Subject: eess
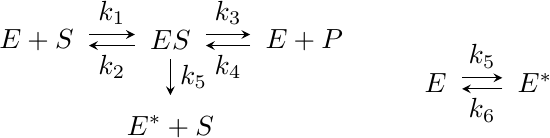
LaTeX code:
\begin{tikzpicture}[scale=1.0]
\node (Ep) at (+4.63,-0.55) {$E^*$};
\node (E) at (+3.37,-0.55) {$E$};
\node (EpS) at (-1.7,0)    {$E + S$};
\node (ES) at (0,0)    {$ES$};
\node (EpP) at (1.7,0) {$E + P$};
\node (EppS) at (0,-1.1) {$E^* + S$};

\draw[arrows={-stealth},transform canvas={yshift=2pt}, shorten <=0.2em, shorten >=0.2em] (EpS) to node[above] {$k_1$} (ES);
\draw[arrows={-stealth},transform canvas={yshift=-2pt}, shorten <=0.2em, shorten >=0.2em] (ES) to node[below] {$k_2$} (EpS);

\draw[arrows={-stealth},transform canvas={yshift=2pt}, shorten <=0.2em, shorten >=0.2em] (ES) to node[above] {$k_3$} (EpP);
\draw[arrows={-stealth},transform canvas={yshift=-2pt}, shorten <=0.2em, shorten >=0.2em] (EpP) to node[below] {$k_4$} (ES);

\draw[arrows={-stealth},transform canvas={yshift=2pt}, shorten <=0.2em, shorten >=0.2em] (E) to node[above] {$k_5$} (Ep);
\draw[arrows={-stealth},transform canvas={yshift=-2pt}, shorten <=0.2em, shorten >=0.2em] (Ep) to node[below] {$k_6$} (E);

\draw[arrows={-stealth},transform canvas={yshift=2pt}, shorten <=0.2em, shorten >=0.2em] (ES) to node[right] {$k_5$} (EppS);

\end{tikzpicture}